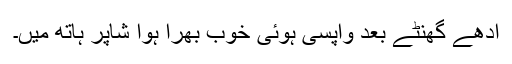
آدھے گھنٹے بعد واپسی ہوئی خوب بھرا ہوا شاپر ہاتھ میں۔